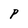
Character: P